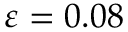
\varepsilon = 0 . 0 8